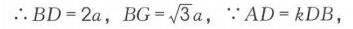
\(\because BD = 2a\)，\(BG=\sqrt{3}a\)，\(\because AD = kDB\)，